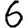
Digit: 6